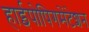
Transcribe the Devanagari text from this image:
हाईपोपिगमेंटेशन